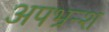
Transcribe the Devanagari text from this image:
अपभ्रन्‍श